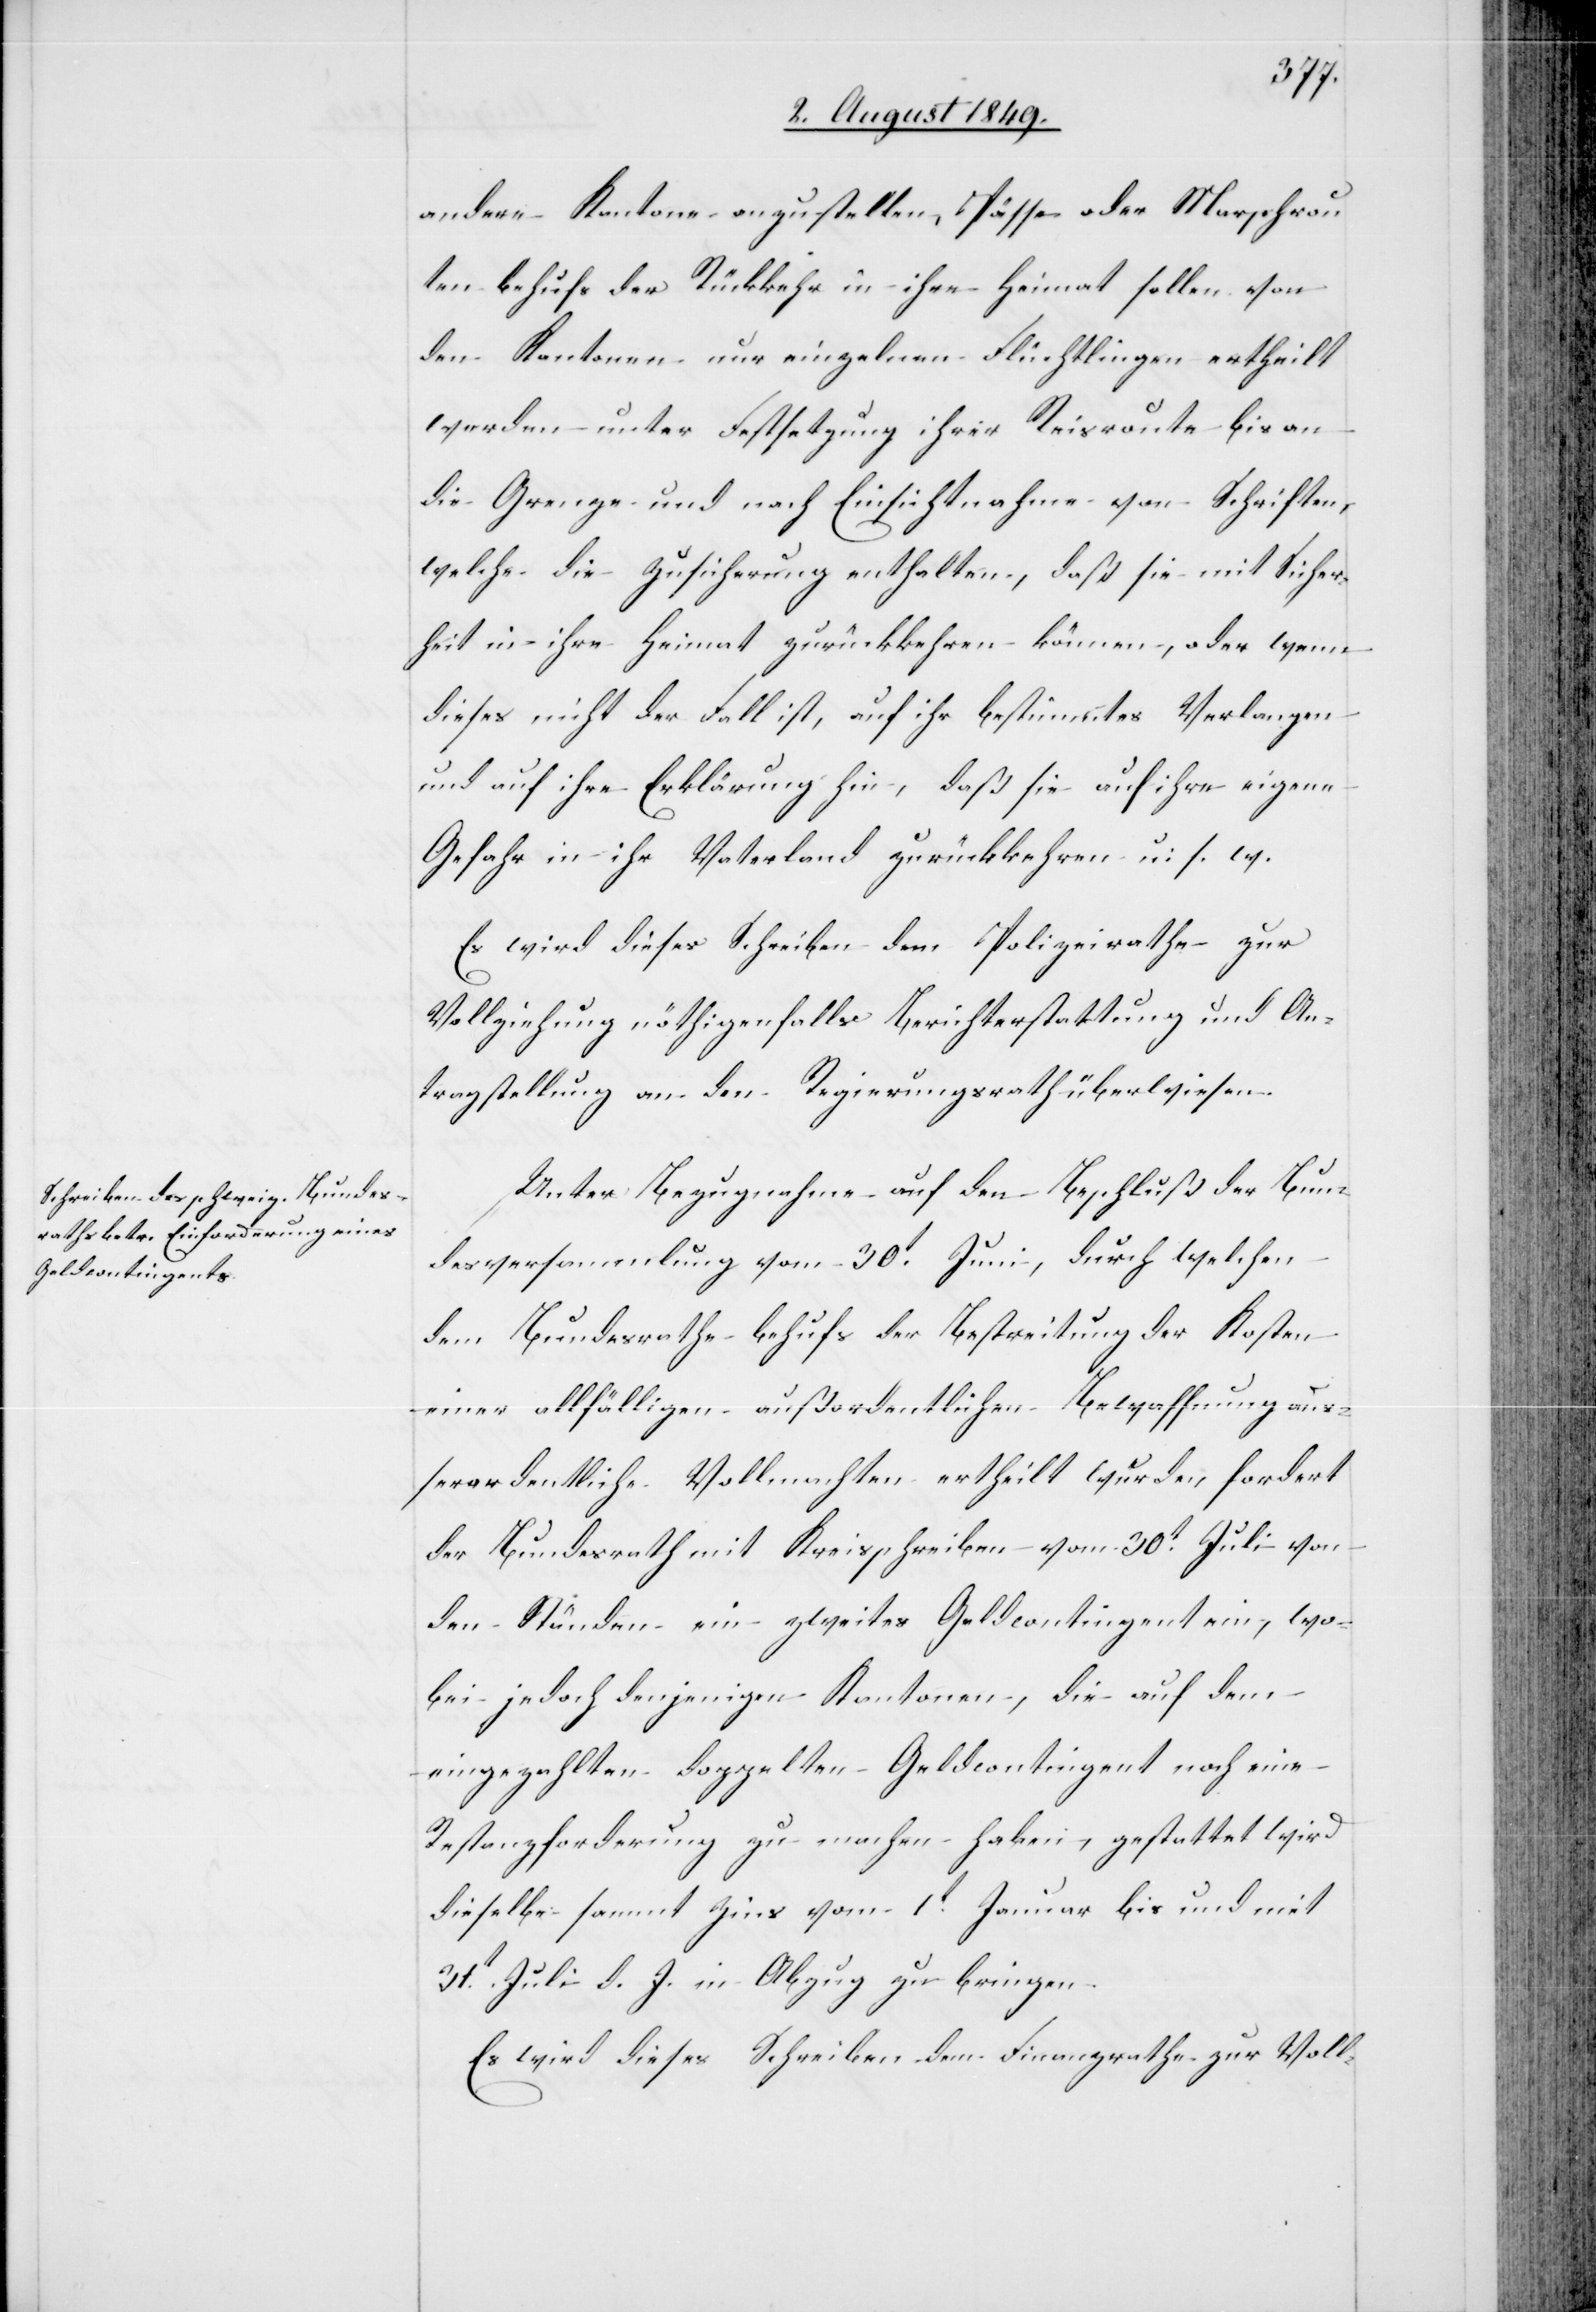
andere Kantone anzustellen, Pässe oder Marschrou¬
ten behufs der Rückkehr in ihre Heimat sollen von
den Kantonen nur einzelnen Flüchtlingen ertheilt
werden unter Festsetzung ihrer Reisroute bis an
die Grenze und nach Einsichtnahme von Schriften,
welche die Zusicherung enthalten, daß sie mit Sicher¬
heit in ihre Heimat zurückkehren können, oder wenn
dieses nicht der Fall ist, auf ihr bestimmtes Verlangen
und auf ihre Erklärung hin, daß sie auf ihre eigene
Gefahr in ihr Vaterland zurückkehren u. s. w.
Es wird dieses Schreiben dem Polizeirathe zur
Vollziehung nöthigenfalls Berichterstattung und An¬
tragstellung an den Regierungsrath überwiesen.
Unter Bezugnahme auf den Beschluß der Bun¬
desversammlung vom 30t Juni, durch welchen
dem Bundesrathe behufs der Bestreitung der Kosten
einer allfälligen außerordentlichen Bewaffnung aus¬
serordentliche Vollmachten ertheilt wurden, fordert
der Bundesrath mit Kreisschreiben vom 30t Juli von
den Stunden ein zweites Geldcontingent ein, wo¬
bei jedoch denjenigen Kantonen, die auf dem
eingezahlten doppelten Geldcontingent noch eine
Restanzforderung zu machen haben, gestattet wird
dieselbe sammt Zins vom 1t Januar bis und mit
31t Juli d. J. in Abzug zu bringen.
Es wird dieses Schreiben dem Finanzrathe zur Voll-